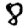
Digit: 8